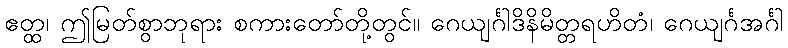
ဧတ္ထ၊ ဤမြတ်စွာဘုရား စကားတော်တို့တွင်။ ဂေယျင်္ဂါဒိနိမိတ္တရဟိတံ၊ ဂေယျင်္ဂအင်္ဂါ